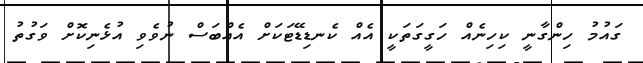
ގައުމު ހިންގާނީ ކިހިނެއް ހަގީގަތަކީ އެއް ކެނޑިޑޭޓަކަށް އެއްބަސް ނުވެވި އުޅެނިކޮށް ވަގުތު